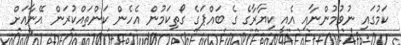
ކަމުގައި ނުވުމުންނާއި އެއީ ކިޔާރާގެ ގެ ބައްޕަގެ ގޯތިކަމުން އެހެން ކަންތައްކުރަން އޭނާއަށް